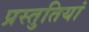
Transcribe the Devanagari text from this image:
प्रस्‍तुतियां